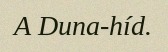
A Duna-híd.